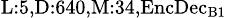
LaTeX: _{\textrm{L}:5,\textrm{D}:640,\textrm{M}:34,\textrm{EncDec}_{\textrm{B}1}}